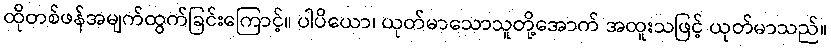
ထိုတစ်ဖန်အမျက်ထွက်ခြင်းကြောင့်။ ပါပိယော၊ ယုတ်မာသောသူတို့အောက် အထူးသဖြင့် ယုတ်မာသည်။